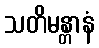
သတိမန္တာနံ